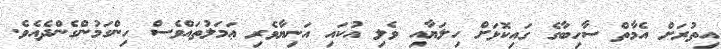
އިތުރަށް އެމާތް ސާހިބާގެ ގައިކޮޅަށް ހިލަޔާއި ވެލި އުކައި އަނިޔާވެރި ޢަމަލުތައްވެސް ހިންގަމުންގެންދެއެވެ.